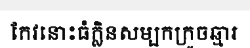
កែវនោះធំក្លិនសម្បកក្រូចឆ្មារ